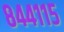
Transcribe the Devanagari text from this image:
८४४११५